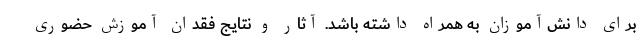
برای دانش‌آموزان به همراه داشته باشد. آثار و نتایج فقدان آموزش حضوری